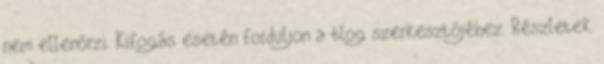
nem ellenőrzi. Kifogás esetén forduljon a blog szerkesztőjéhez. Részletek